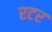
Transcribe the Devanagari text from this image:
रटर